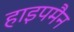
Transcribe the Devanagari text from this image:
हाइपमैन